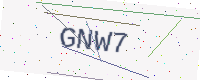
Text: GNW7